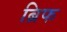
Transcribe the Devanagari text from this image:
ब्रिफ